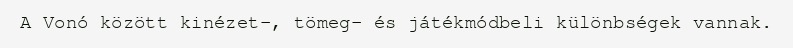
A Vonó között kinézet-, tömeg- és játékmódbeli különbségek vannak.